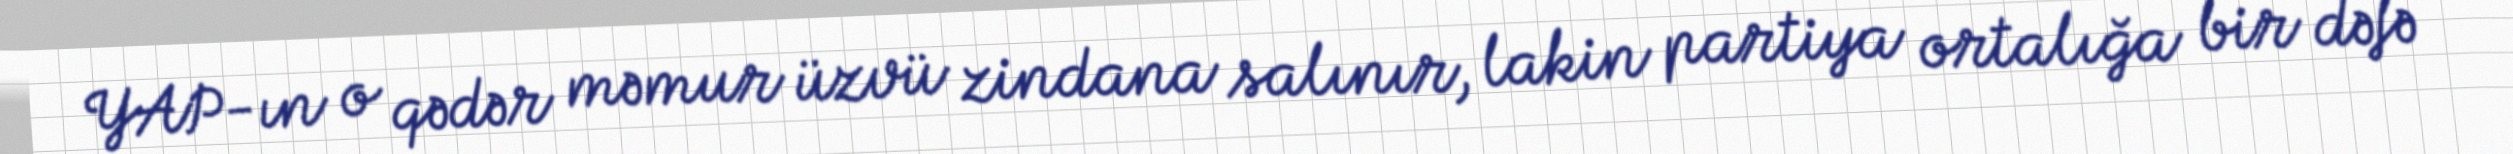
YAP-ın o qədər məmur üzvü zindana salınır, lakin partiya ortalığa bir dəfə